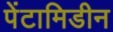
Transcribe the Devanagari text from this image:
पेंटामिडीन